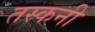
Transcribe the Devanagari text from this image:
तस्कनी